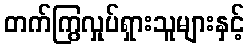
တက်ကြွလှုပ်ရှားသူများနှင့်